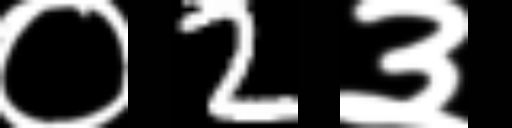
Text: ०2३